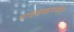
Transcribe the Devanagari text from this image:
गावंढळापर्यंत